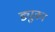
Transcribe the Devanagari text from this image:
ड्युका